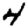
Digit: 4